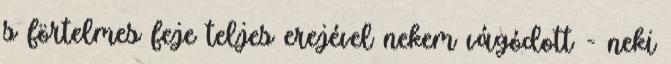
s förtelmes feje teljes erejével nekem vágódott - neki